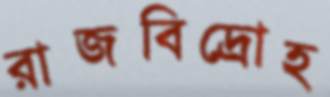
রাজবিদ্রোহ